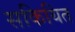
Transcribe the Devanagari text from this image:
सकियित